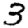
Digit: 3